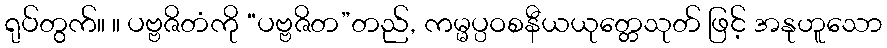
ရုပ်တွက်။ ။ ပဗ္ဗဇိတံကို “ပဗ္ဗဇိတ”တည်, ကမ္မပ္ပဝစနီယယုတ္တေသုတ် ဖြင့် အနုဟူသော